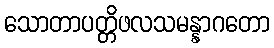
သောတာပတ္တိဖလသမန္နာဂတော